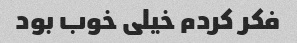
فکر کردم خیلی خوب بود